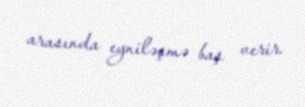
arasında eyniləşmə baş verir.